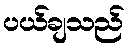
ပယ်ချသည်